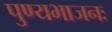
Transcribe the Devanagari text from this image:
पुण्यभाजनः